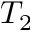
T _ { 2 }